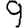
Digit: 9